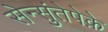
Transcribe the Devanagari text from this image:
सेन्सुंतेपेक़े